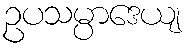
ဥပသမ္ပာဒေယျ